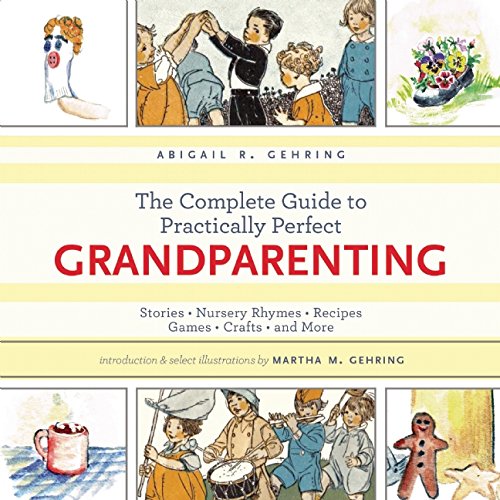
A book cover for The Complete Guide to Practically Perfect Grandparenting: Stories, Nursery Rhymes, Recipes, Games, Crafts and More; Abigail R. Gehring; Parenting & Relationships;